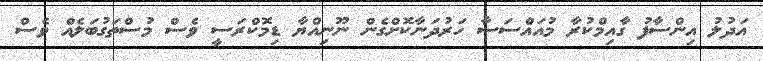
އަދުލު އިންސާފު ގާއިމްކުރާ މުއައްސަސާ ހަރުދަނާކޮށްގެން ނޫނިއްޔާ ޑިމޮކްރަސީ ވެސް މުސްތަގުބަލެއް ވެސް